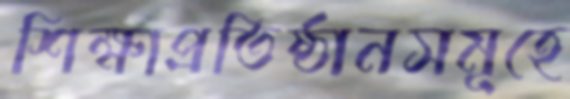
শিক্ষাপ্রতিষ্ঠানসমূহে